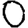
Digit: 0